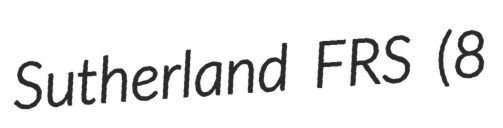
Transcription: Sutherland FRS (8